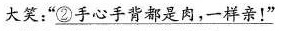
大笑：“\underline{②手心手背都是肉，一样亲！”}